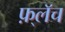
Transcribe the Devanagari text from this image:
फ़्लॅच